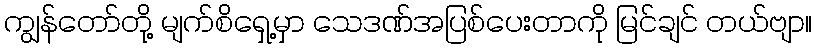
ကျွန်တော်တို့ မျက်စိရှေ့မှာ သေဒဏ်အပြစ်ပေးတာကို မြင်ချင် တယ်ဗျာ။